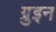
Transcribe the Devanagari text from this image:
ग्रुइन